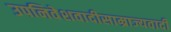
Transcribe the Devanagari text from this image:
उपनिवेशवादीसाम्राज्यवादी